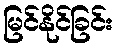
မြင်နိုင်ခြင်း